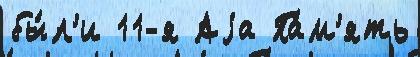
бы́л'и 11-я Аjа Па́м'ять